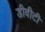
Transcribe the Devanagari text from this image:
डीवीटी